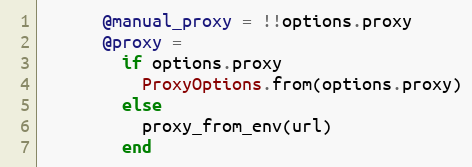
Language: Ruby
      @manual_proxy = !!options.proxy
      @proxy =
        if options.proxy
          ProxyOptions.from(options.proxy)
        else
          proxy_from_env(url)
        end